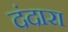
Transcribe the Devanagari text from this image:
दंदारा